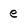
Character: e